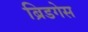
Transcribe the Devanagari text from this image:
ब्रिडगेस